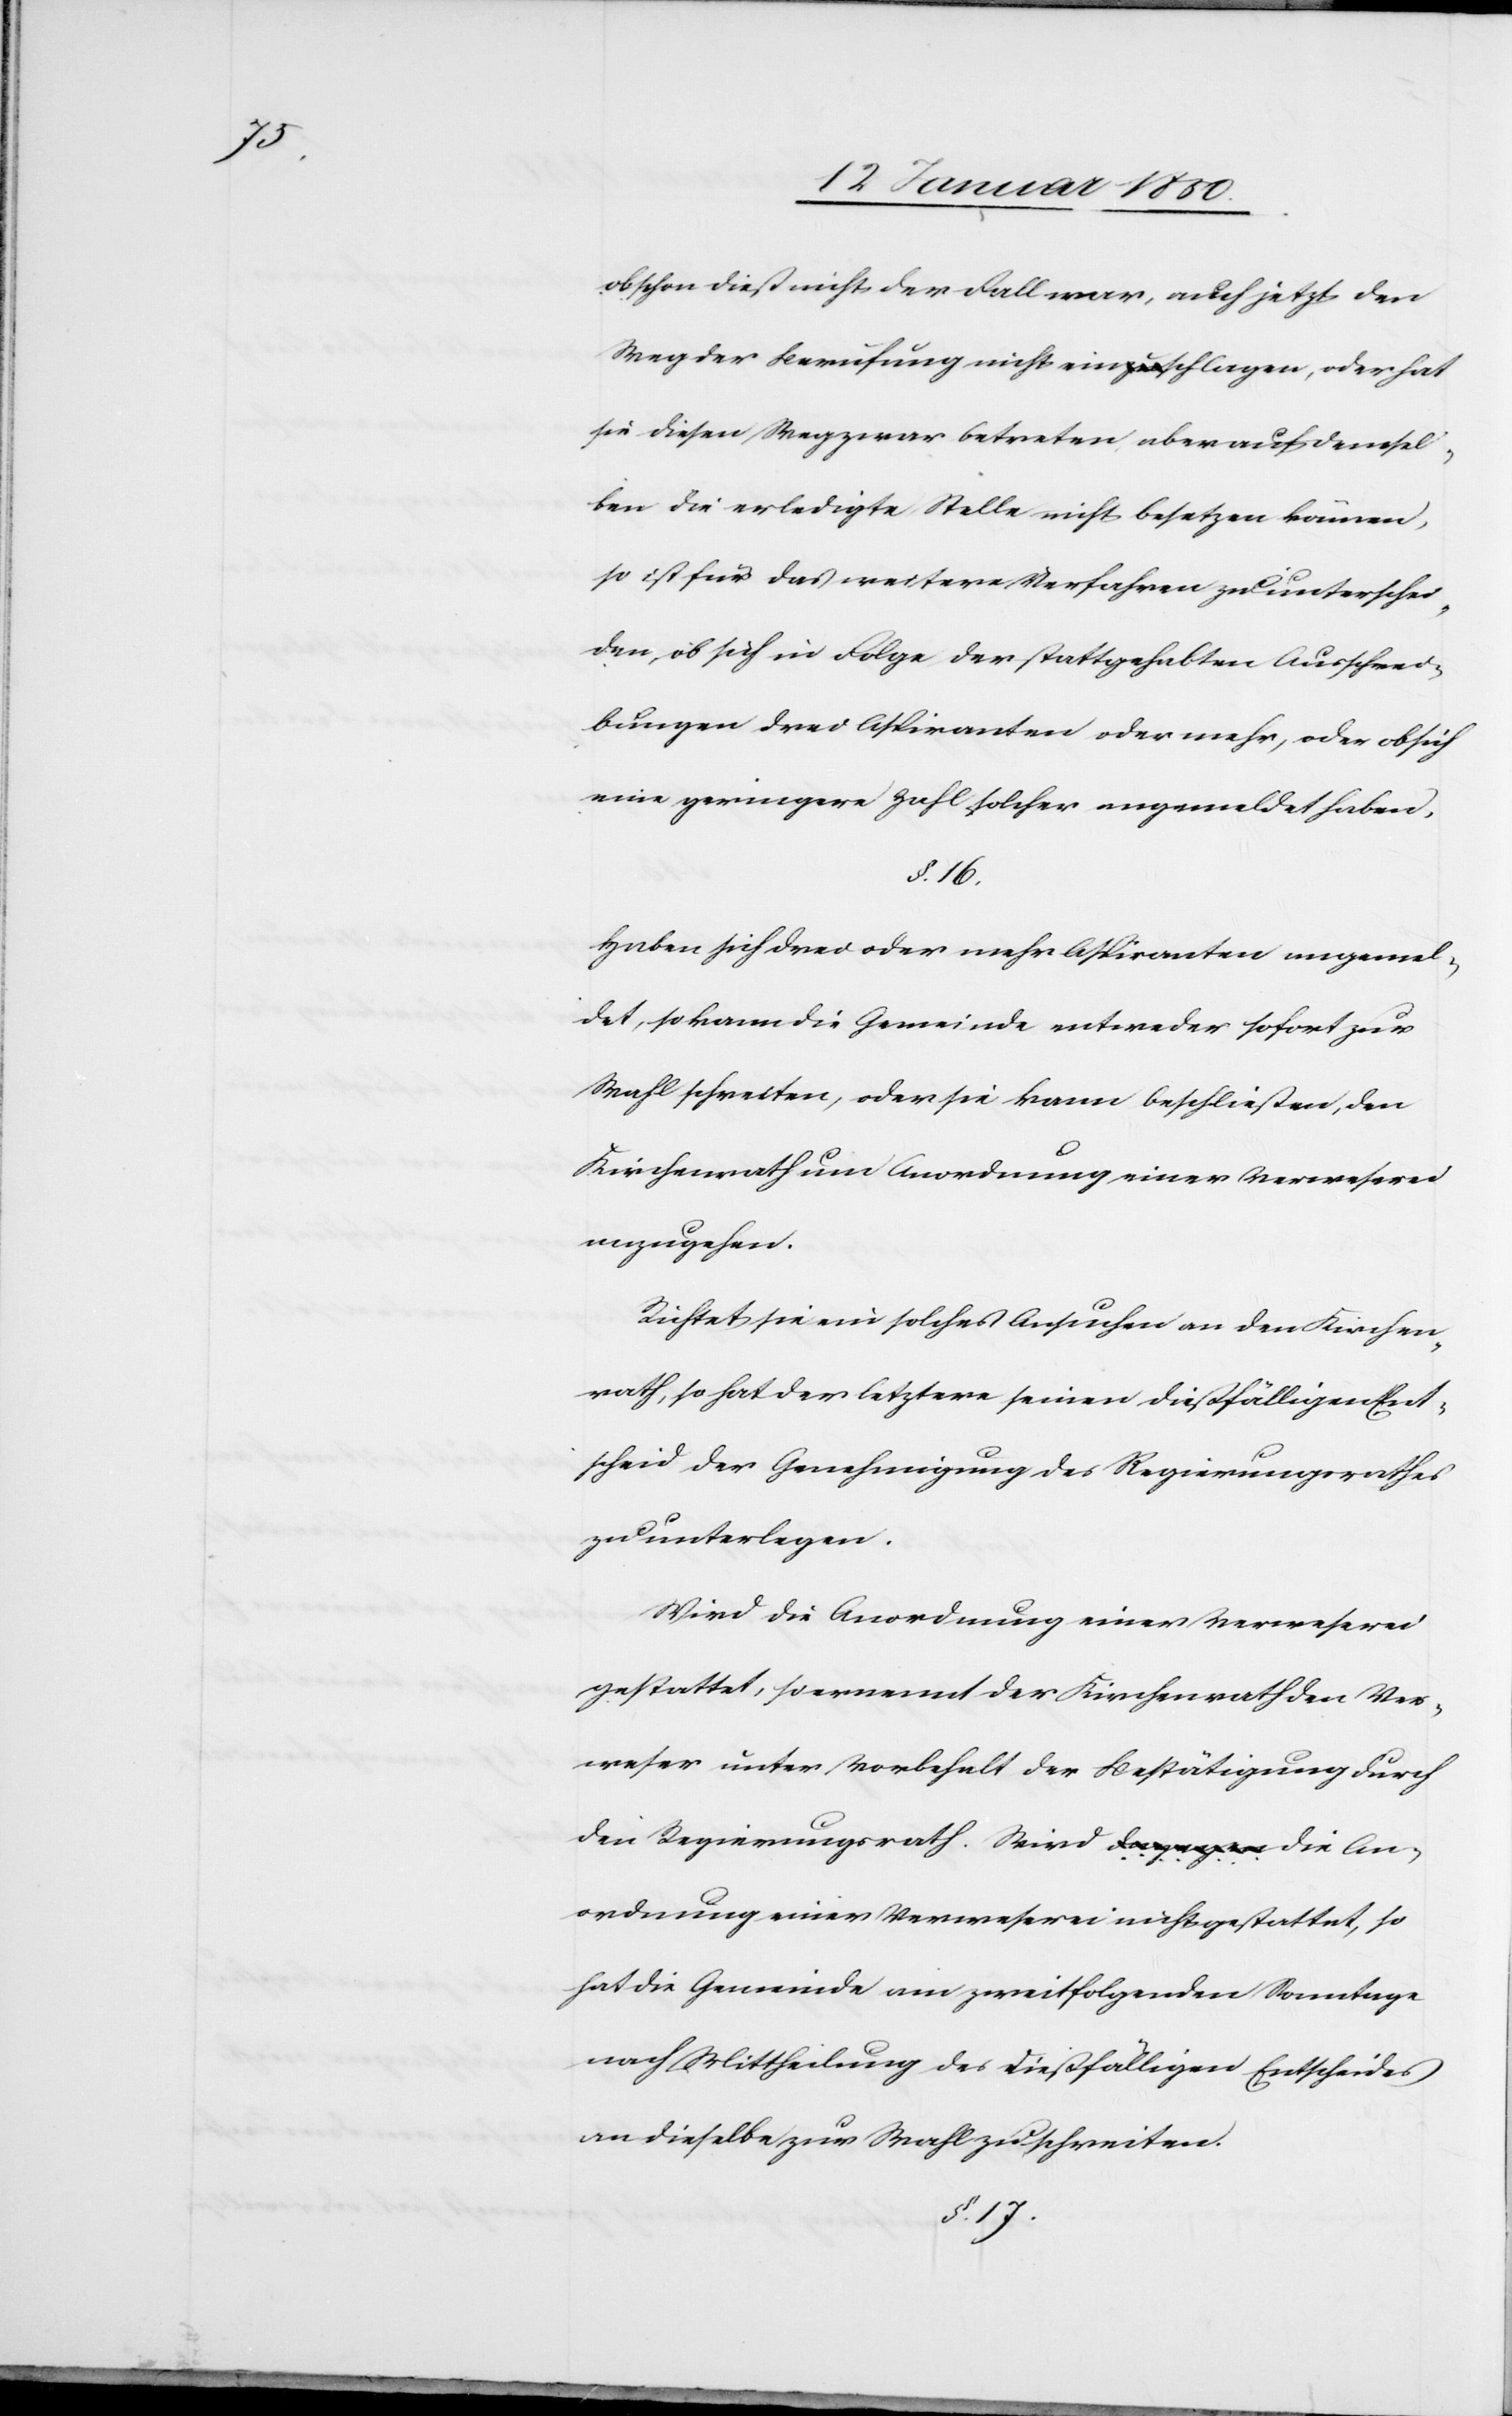
obschon dieß nicht der Fall war, auch jetzt den
Weg der Berufung nicht einschlagen, oder hat
sie diesen Weg zwar betreten aber auf demsel¬
ben die erledigte Stelle nicht besetzen können,
so ist für das weitere Verfahren zu unterschei¬
den, ob sich in Folge der stattgehabten Ausschrei¬
bungen drei Aspiranten oder mehr, oder ob sich
eine geringere Zahl solcher angemeldet haben.
§. 16.
Haben sich drei oder mehr Aspiranten angemel¬
det, so kann die Gemeinde entweder sofort zur
Wahl schreiten, oder sie kann beschließen, den
Kirchenrath um Anordnung einer Verweserei
anzugehen.
Richtet sie ein solches Ansuchen an den Kirchen¬
rath, so hat der letztere seinen dießfälligen Ent¬
scheid der Genehmigung des Regierungsrathes
zu unterlegen.
Wird die Anordnung einer Verweserei
gestattet, so ernennt der Kirchenrath den Ver¬
weser unter Vorbehalt der Bestätigung durch
den Regierungsrath. Wird die An¬
ordnung einer Verweserei nicht gestattet, so
hat die Gemeinde am zweitfolgenden Sonntage
nach Mittheilung des Dießfälligen Entscheides
an dieselbe zur Wahl zu schreiten.
§. 17.